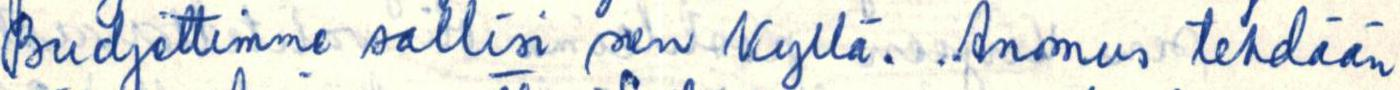
Budjettimme sallisi sen kyllä. Anomus tehdään